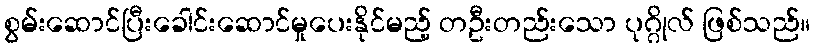
စွမ်းဆောင်ပြီးခေါင်းဆောင်မှုပေးနိုင်မည့် တဦးတည်းသော ပုဂ္ဂိုလ် ဖြစ်သည်။